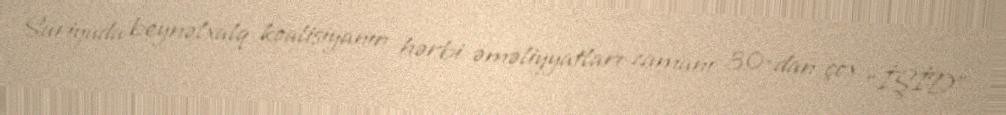
Suriyada beynəlxalq koalisiyanın hərbi əməliyyatları zamanı 30-dan çox “İŞİD”